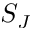
S _ { J }